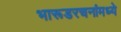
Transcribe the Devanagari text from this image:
भारूडरचनांमध्ये